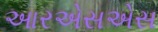
આરએસએસ